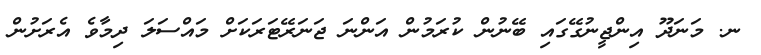
ނ. މަނަދޫ އިންޖީނުގޭގައި ބޭނުން ކުރަމުން އަންނަ ޖަނަރޭޓަރަކަށް މައްސަލަ ދިމާވެ އެރަށުން